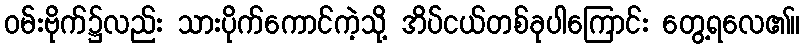
ဝမ်းဗိုက်၌လည်း သားပိုက်ကောင်ကဲ့သို့ အိပ်ငယ်တစ်ခုပါကြောင်း တွေ့ရလေ၏။